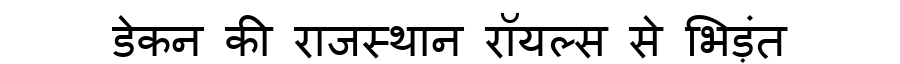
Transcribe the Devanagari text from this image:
डेकन की राजस्थान रॉयल्स से भिड़ंत